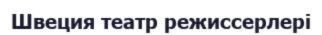
Швеция театр режиссерлері